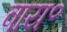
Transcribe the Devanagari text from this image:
वाय॰